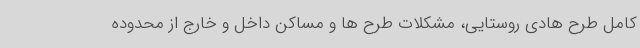
کامل طرح هادی روستایی، مشکلات طرح ها و مساکن داخل و خارج از محدوده